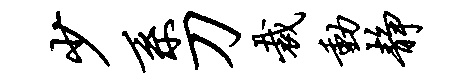
少系刀裁动静